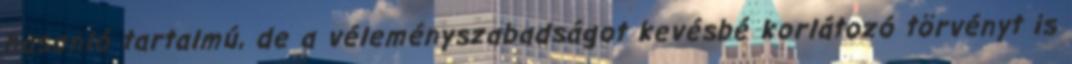
hasonló tartalmú, de a véleményszabadságot kevésbé korlátozó törvényt is